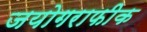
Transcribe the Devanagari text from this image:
जयोगराफीक